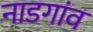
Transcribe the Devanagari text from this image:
नाडगांव